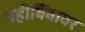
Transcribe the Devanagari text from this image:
महीबिंबावर